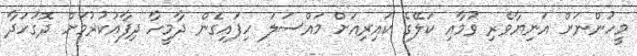
މީހުންނަށް އަނިޔާވެރި ވުމާއި ކަލޭގެ ކައިރިއަށް މައްސަލަ ހިފައިގެން ދާމީހާ ދިފާއުކުރުމަށް ދޮގުހަދާ